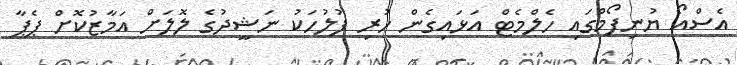
އެސްއޯ ޔުނިފޯމްގައި ހެލްމެޓް އަޅައިގެން ހުރި ފުލުހަކު ނަޝީދުގެ ލޮލަށް އަމާޒުކޮށް ޕެޕާ